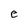
Character: e